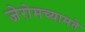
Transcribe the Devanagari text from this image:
जेरोमच्यामते